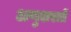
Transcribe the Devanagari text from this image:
अणुशस्त्रों